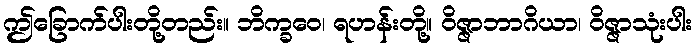
ဤခြောက်ပါးတို့တည်း။ ဘိက္ခဝေ၊ ရဟန်းတို့။ ဝိဇ္ဇာဘာဂိယာ၊ ဝိဇ္ဇာသုံးပါး